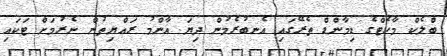
ބްލެކް މާކެޓްގެ ޑިމާންޑް ތެރޭގައި އެނބުރެމުން ދިޔަ އާންމު ރައްޔިތުން ނެރުމަށް ޓަކައި